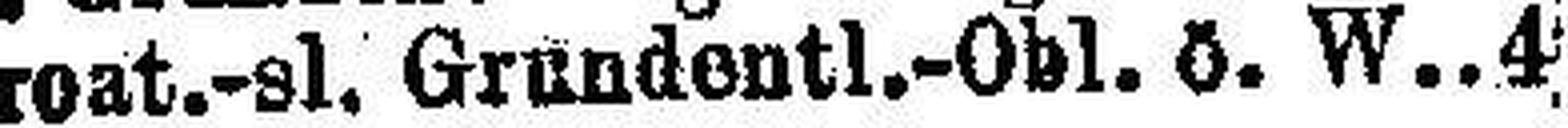
Kroat.-sl. Grundentl.-Obl. ö. W. 4